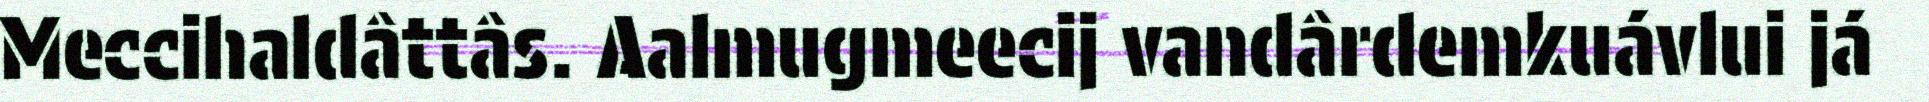
Meccihaldâttâs. Aalmugmeecij vandârdemkuávlui já